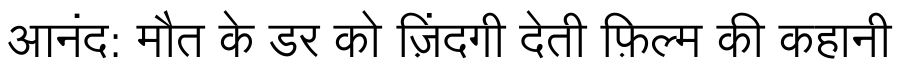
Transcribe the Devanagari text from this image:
आनंद: मौत के डर को ज़िंदगी देती फ़िल्म की कहानी